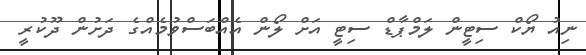
ނިއު ޔޯކް ސިޓީން ލަމްޕާޑް ސިޓީ އަށް ލޯން އެއްބަސްވުމެއްގެ ދަށުން ދޫކުރީ